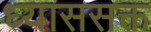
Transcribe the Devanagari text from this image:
ध्याससक्त